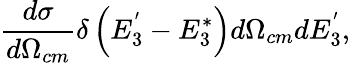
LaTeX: \frac{d\sigma}{d\Omega_{cm}}\delta\left(E_{3}^{'}-E_{3}^{*}\right)d\Omega_{cm}dE_{3}^{'},